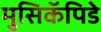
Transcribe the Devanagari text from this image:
मुसिकॅपिडे